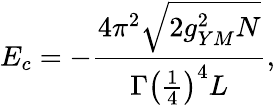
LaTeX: E_{c}=-\frac{4\pi^{2}\sqrt{2g_{YM}^{2}N}}{\Gamma\left(\frac{1}{4}\right)^{4}L},